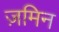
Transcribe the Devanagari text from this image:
ज़मिन